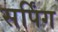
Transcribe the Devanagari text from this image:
सर्पिंग